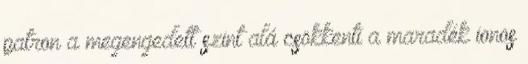
patron a megengedett szint alá csökkenti a maradék ionos